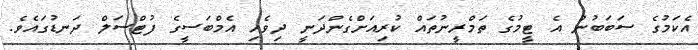
އެކަމުގެ ސަބަބުން އެ ޓީމުގެ ތަމްރީނުތައް ކުރިއަށްގެންދަނީ ދިވެހި އެމްބަސީގެ ފުޓްސަލް ދަނޑުގައެވެ.